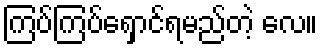
ကြပ်ကြပ်ရှောင်ရမည်တဲ့ လေ။